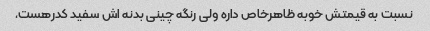
نسبت به قیمتش خوبه ظاهرخاص داره ولی رنگه چینی بدنه اش سفید کدرهست,